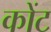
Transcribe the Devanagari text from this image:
कोंट